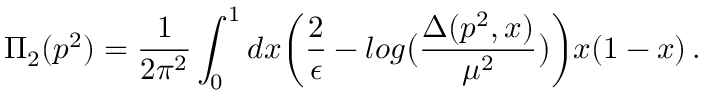
\Pi _ { 2 } ( p ^ { 2 } ) = \frac { 1 } { 2 \pi ^ { 2 } } \int _ { 0 } ^ { 1 } d x \biggl ( \frac { 2 } { \epsilon } - l o g \bigl ( \frac { \Delta ( p ^ { 2 } , x ) } { \mu ^ { 2 } } \bigr ) \biggr ) x ( 1 - x ) \, .